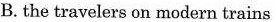
B. the travelers on modern trains